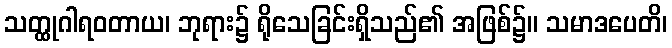
သတ္ထုဂါရဝတာယ၊ ဘုရား၌ ရိုသေခြင်းရှိသည်၏ အဖြစ်၌။ သမာဒပေတိ၊